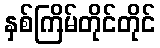
နှစ်ကြိမ်တိုင်တိုင်